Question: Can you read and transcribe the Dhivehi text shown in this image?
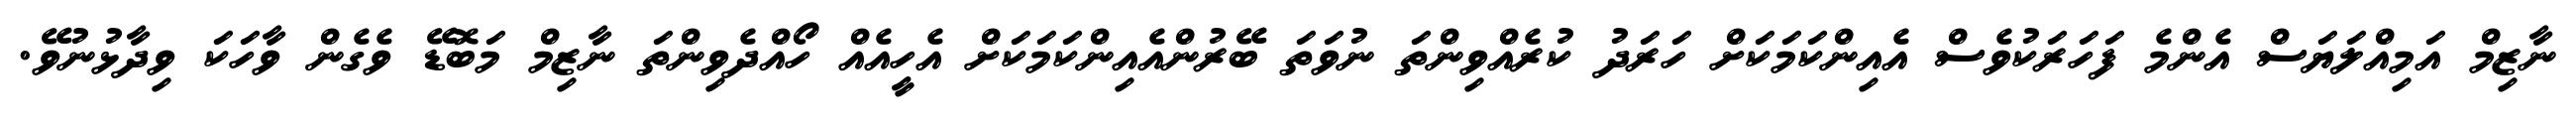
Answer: ނާޒިމް އަމިއްލަޔަސް އެންމެ ފަހަރަކުވެސް އެއިންކަމަކަށް ހަރަދު ކުރެއްވިންތަ ނުވަތަ ބޭރުންއެއިންކަމަކަށް އެހީއެއް ހޯއްދެވިންތަ ނާޒިމް މަބޮޑޭ ވެގެން ވާހަކަ ވިދާޅުނުވޭ.